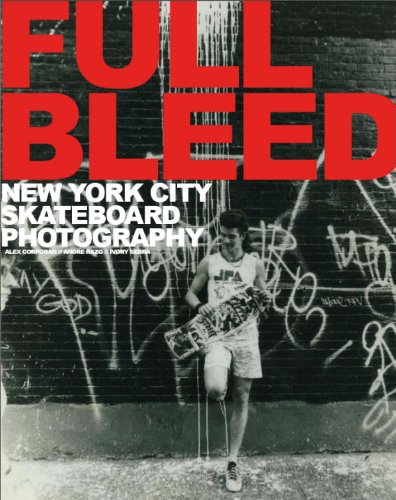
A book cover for Full Bleed: New York City Skateboard Photography; Sports & Outdoors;